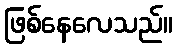
ဖြစ်နေလေသည်။